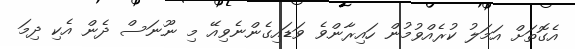
އެގޮތަށް އަމަލު ކުރެއްވުމުން ހައިރާންވެ ވަޑައިގެންނެވިއޭ މި ނޫނަސް ދެން އެކި ދިމަ